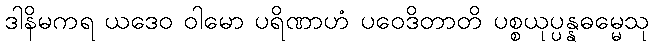
ဒါနိမကရ ယဒေဝ ဝါမော ပရိဏာဟံ ပဝေဒိတာတိ ပစ္စယုပ္ပန္နဓမ္မေသု